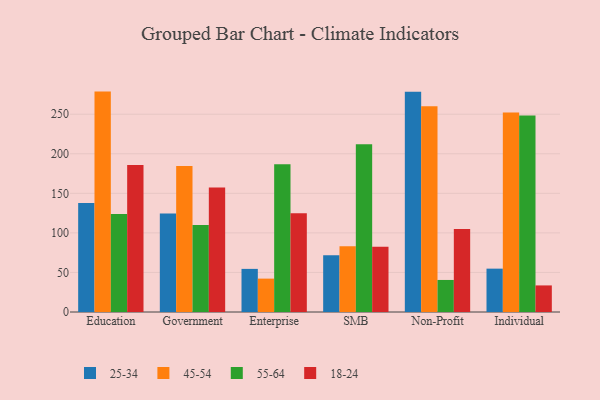
{"axis": {"x": "Segment", "y": "Operating Costs (USD K)"}, "legend": ["18-24", "25-34", "45-54", "55-64"], "data": [{"x": "Education", "y": 137.7, "type": "25-34"}, {"x": "Education", "y": 278.6, "type": "45-54"}, {"x": "Education", "y": 123.9, "type": "55-64"}, {"x": "Education", "y": 185.7, "type": "18-24"}, {"x": "Government", "y": 124.5, "type": "25-34"}, {"x": "Government", "y": 184.4, "type": "45-54"}, {"x": "Government", "y": 110.1, "type": "55-64"}, {"x": "Government", "y": 157.3, "type": "18-24"}, {"x": "Enterprise", "y": 54.5, "type": "25-34"}, {"x": "Enterprise", "y": 42.2, "type": "45-54"}, {"x": "Enterprise", "y": 186.7, "type": "55-64"}, {"x": "Enterprise", "y": 124.8, "type": "18-24"}, {"x": "SMB", "y": 71.6, "type": "25-34"}, {"x": "SMB", "y": 83.2, "type": "45-54"}, {"x": "SMB", "y": 212.0, "type": "55-64"}, {"x": "SMB", "y": 82.6, "type": "18-24"}, {"x": "Non-Profit", "y": 278.3, "type": "25-34"}, {"x": "Non-Profit", "y": 260.2, "type": "45-54"}, {"x": "Non-Profit", "y": 40.5, "type": "55-64"}, {"x": "Non-Profit", "y": 104.9, "type": "18-24"}, {"x": "Individual", "y": 54.8, "type": "25-34"}, {"x": "Individual", "y": 252.1, "type": "45-54"}, {"x": "Individual", "y": 248.3, "type": "55-64"}, {"x": "Individual", "y": 33.6, "type": "18-24"}]}